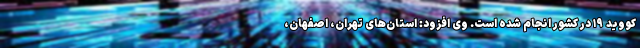
کووید ۱۹ در کشور انجام شده است. وی افزود: استان‌های تهران، اصفهان،